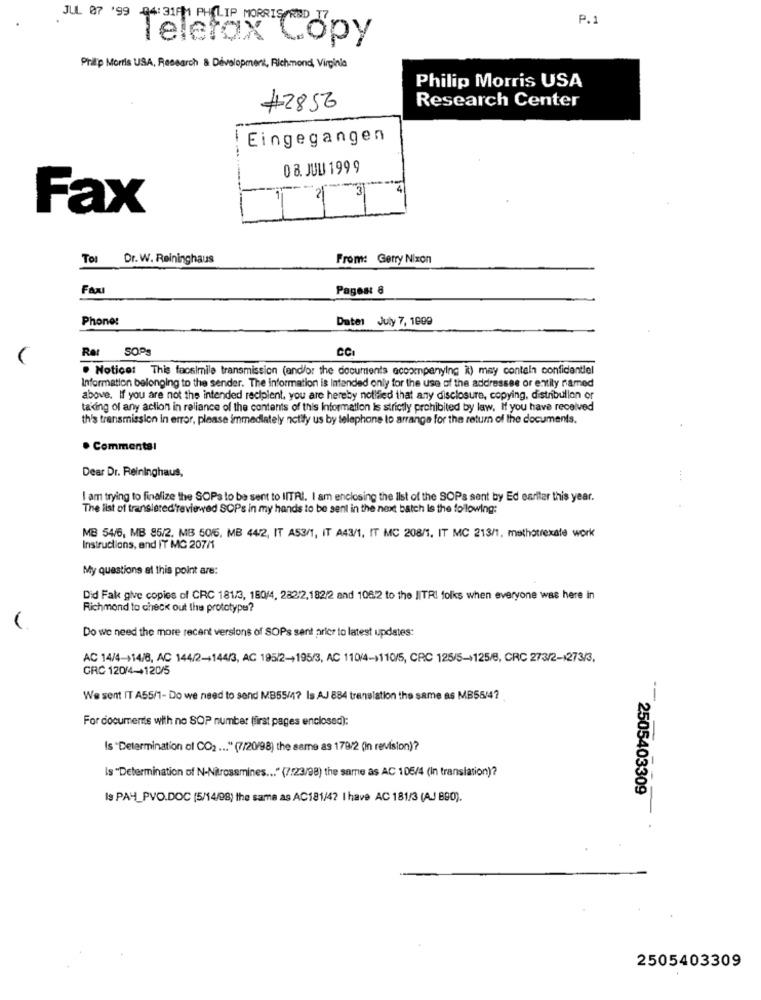
JUL 07 '99
.
P.1
-
Prip Morris USA, Research & Development, Richmond, Virginia
Philip Morris USA
Research Center
#2856
Eingegangen
08.JUU 1999
Fax
T
Tol
Dr. W. Reininghaus
From: Gerry Nixon
Fax
Pages: 8
Phone:
Daten July 7, 1009
Rar SOPS
CCI
. Notice: This facsimile transmission (and/or the documents accompanying it) may contain confidentiel
Information belonging to the sender. The information is Intended only for the use of the addressee or entity named
above. If you are not the intended recipient, you are hereby notified that any disclosure, copying, distribution or
taking of any action in reliance of the contents of this Information is strictly prohibited by law. If you have received
th's transmission in error, please immediately notify us by telephone to arrange for the return of the documents.
. Comments!
Dear Dr. Reininghaus,
I am trying to finalize the SOPa to be sent to IlTRI. I am enclosing the list of the SOPs sent by Ed earilar this year.
The list of translated reviewed SOPs in my hands to be sent in the next batch is the following:
MB 54/6, MB 85/2. MB 5016. MB 44/2, IT A53/1, IT A43/1, IT MC 208/1. IT MC 213/1, methotrexate work
Instructions, and IT MC 207/1
My questions at this point are:
Did Fak give copies of CRC 181/3, 160/4, 282/2,182/2 and 1082 to the IITRI folks when everyone was here in
Richmond to check out the prototype?
Do we need the more recent versions of SOPs sent prior to latest updates:
AC 14/4-+14/8, AC 144/2-144/3, AC 195/2-+195/3, AC 110/4-)110/5, CRC 125/5-125/8, CRC 273/2-+273/3.
CRC 120/4-+120/5
We sent IT A55/1- Do we need to send MB55/47 Is AJ 884 translation the same as MB55/47
For documents with no SOP number (first pages enclosed):
Is "Determination of CO2 ... " (7/20/98) the same as 179/2 (in revision)?
Is "Determination of N-Nitrosamines ... " (7/23/98) the same as AC 105/4 (In translation)?
Is PA4_PVO.DOC (5/14/98) the same as AC181/4? I have AC 181/3 (AJ 890).
2505403309
2505403309